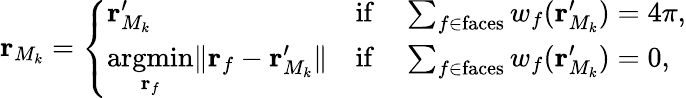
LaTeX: \mathbf{r}_{M_{k}}=\left\{ \begin{array}{ll}{\mathbf{r}_{M_{k}}^{\prime}}&{\mathrm{if}\quad\sum_{f\in\mathrm{faces}}w_{f}(\mathbf{r}_{M_{k}}^{\prime})=4\pi,}\\ {\underset{\mathbf{r}_{f}}{\mathrm{argmin}}\lVert\mathbf{r}_{f}-\mathbf{r}_{M_{k}}^{\prime}\rVert}&{\mathrm{if}\quad\sum_{f\in\mathrm{faces}}w_{f}(\mathbf{r}_{M_{k}}^{\prime})=0,}\end{array}\right.